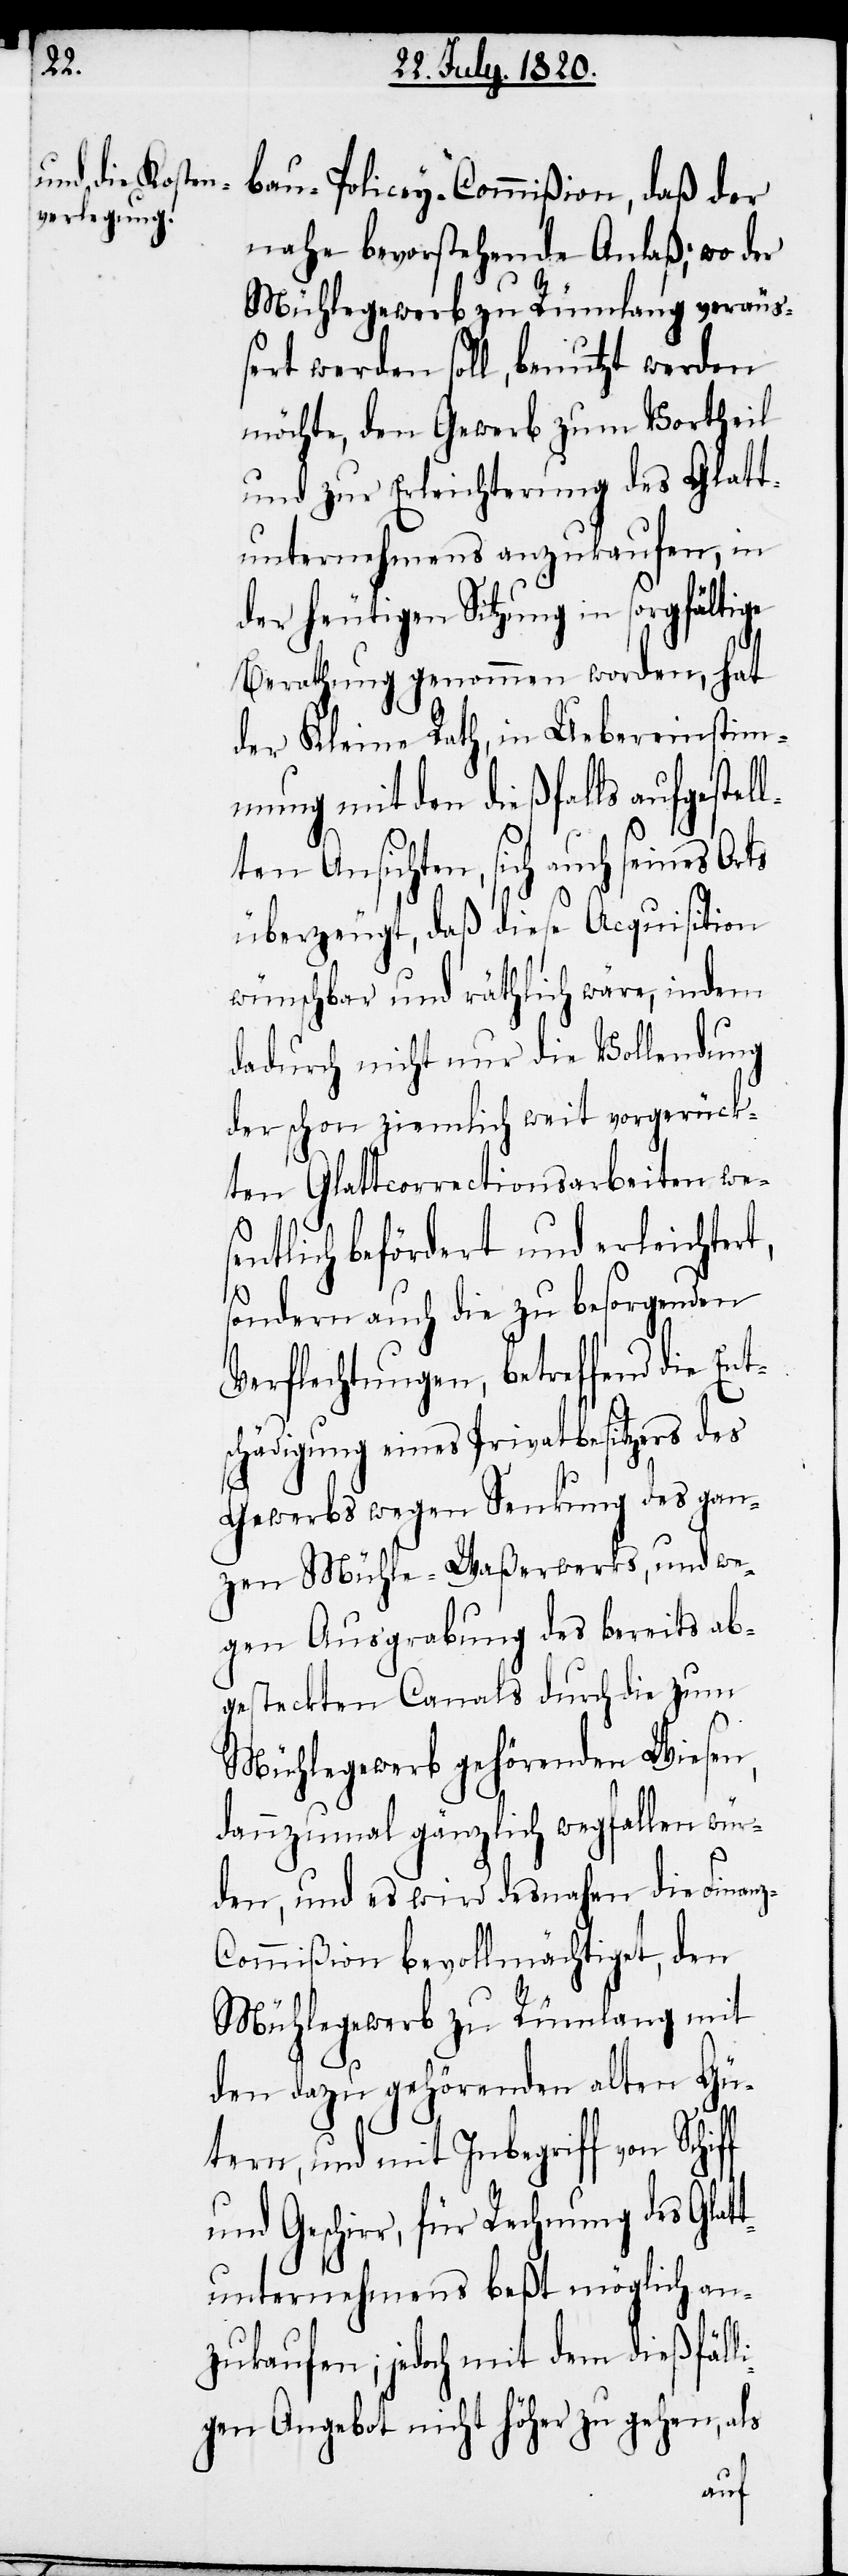
z-C¬

bau-Policey-Commißion, daß der
nahe bevorstehende Anlaß; wo der
Mühlegewerb zu Rümlang veräus¬
sert werden soll, benutzt werden
möchte, den Gewerb zum Vortheil
und zur Erleichterung des Glatt¬
unternehmens anzukaufen, in
der heutigen Sitzung in sorgfältige
Berathung genommen worden, hat
der Kleine Rath, in Uebereinstim¬
mung mit den dießfalls aufgestel¬
lten Ansichten, sich auch seines Orts
überzeugt, daß diese Acquisition
wünschbar und räthlich wäre, indem
dadurch nicht nur die Vollendung
der schon ziemlich weit vorgerück¬
ten Glattcorrectionsarbeiten wes¬
entlich befördert und erleichtert,
sondern auch die zu besorgenden
Verflechtungen, betreffend die En¬
chädigung eines Privatbesitzers des
Gewerbs wegen Senkung des gan¬
zen Mühle-Waßerwerks, und we¬
gen Ausgrabung des bereits ab¬
gesteckten Canals durch die zum
Mühlegewerb gehörenden Wiesen,
dannzumal gänzlich wegfallen wür¬
den, und es wird desnahen die Finan¬
ommißion bevollmächtiget, den
Mühlegewerb zu Rümlang mit
den dazu gehörenden alten Gü¬
tern, und mit Inbegriff von Schiff
und Geschirr, für Rechnung des Glat¬
tunternehmens beßt möglich an¬
zukaufen; jedoch mit dem dießfäll¬
igen Angebot nicht höher zu gehen, als